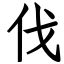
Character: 伐